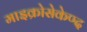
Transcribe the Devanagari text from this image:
माइक्रोसेकेण्द